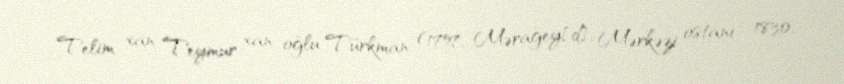
Telim xan Teymur xan oğlu Türkman (1757, Mərağey[d], Mərkəzi ostanı – 1830,